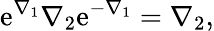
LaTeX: \mathrm{e}^{\nabla_{1}}\nabla_{2}\mathrm{e}^{-\nabla_{1}}=\nabla_{2},